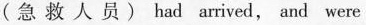
(急 救 人 员 ) had arrived, and were